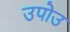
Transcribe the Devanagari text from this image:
उपोउ